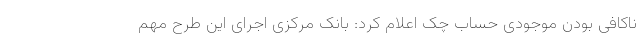
ناکافی بودن موجودی حساب چک اعلام کرد: بانک مرکزی اجرای این طرح مهم